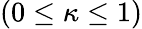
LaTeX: (0\leq\kappa\leq 1)